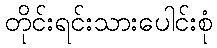
တိုင်းရင်းသားပေါင်းစုံ